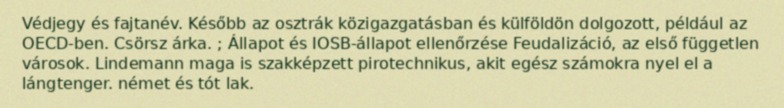
Védjegy és fajtanév. Később az osztrák közigazgatásban és külföldön dolgozott, például az OECD-ben. Csörsz árka. ; Állapot és IOSB-állapot ellenőrzése Feudalizáció, az első független városok. Lindemann maga is szakképzett pirotechnikus, akit egész számokra nyel el a lángtenger. német és tót lak.